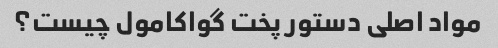
مواد اصلی دستور پخت گواکامول چیست؟